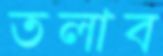
তলাব